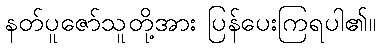
နတ်ပူဇော်သူတို့အား ပြန်ပေးကြရပါ၏။